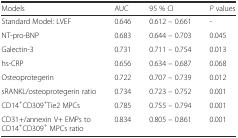
| Models | AUC | 95 % CI | P values |
 | --- | --- | --- | --- |
 | Standard Model: LVEF | 0.646 | 0.612 – 0.661 | - |
 | NT-pro-BNP | 0.683 | 0.644 – 0.703 | 0.045 |
 | Galectin-3 | 0.731 | 0.711 – 0.754 | 0.013 |
 | hs-CRP | 0.656 | 0.634 – 0.687 | 0.068 |
 | Osteoprotegerin | 0.722 | 0.707 – 0.739 | 0.012 |
 | sRANKL/osteoprotegerin ratio | 0.734 | 0.723 – 0.752 | 0.001 |
 | CD14+CD309+Tie2 MPCs | 0.785 | 0.755 – 0.794 | 0.001 |
 | CD31+/annexin V+ EMPs to CD14+CD309+ MPCs ratio | 0.834 | 0.805 – 0.861 | 0.001 |